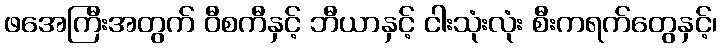
ဖအေကြီးအတွက် ဝီစကီနှင့် ဘီယာနှင့် ငါးသုံးလုံး စီးကရက်တွေနှင့်၊